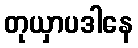
တုယှာပဒါနေ